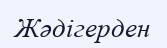
Жәдігерден